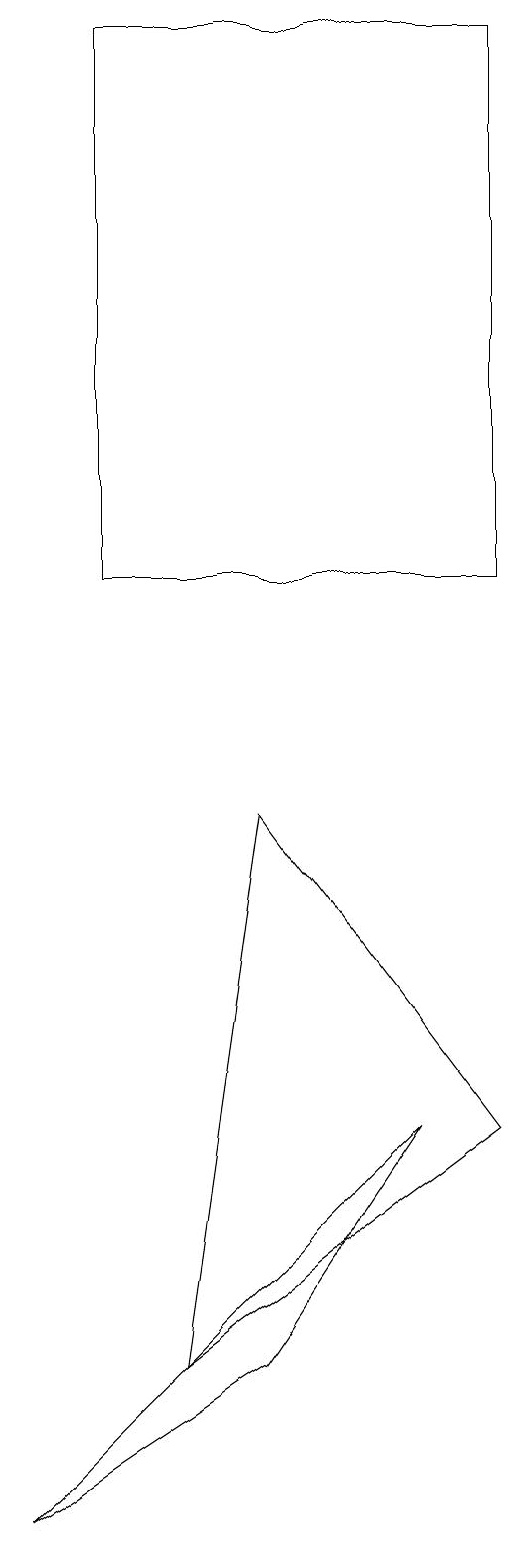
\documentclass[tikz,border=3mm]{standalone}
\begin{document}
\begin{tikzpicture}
\draw (5,5) -- (0,0) -- (3,2) -- cycle;
\draw (3,9) -- (6,5) -- (2,2) -- cycle;
\draw (6,12) rectangle (1,19);
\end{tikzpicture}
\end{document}